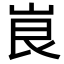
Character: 峎